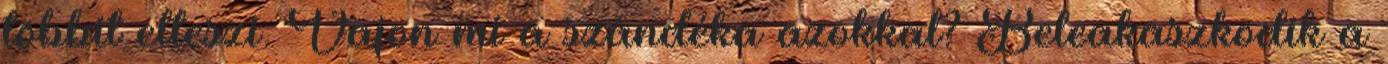
többit elteszi. Vajon mi a szándéka azokkal? Beleakaszkodik a